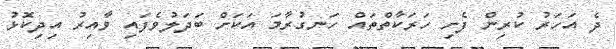
ދެ އަހަރު ކުރިން ފެށި ހަރަކާތްތައް ހަނގުރާމަ އަކަށް ބަދަލުވެފައި ވާއިރު އިދިކޮޅު